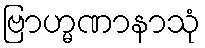
ဗြာဟ္မဏာနာသုံ